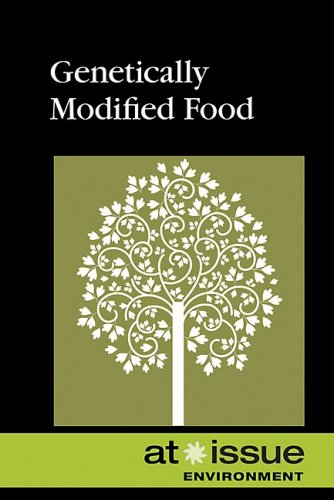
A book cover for Genetically Modified Food (At Issue); Health, Fitness & Dieting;